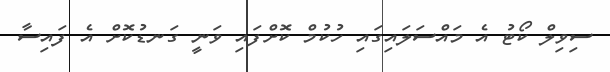
ސިވިލް ކޯޓު އެ މައްސަލައިގައި ހުކުމް ކޮށްފައި ވަނީ ގަނޑުކޮށް އެ ފައިސާ